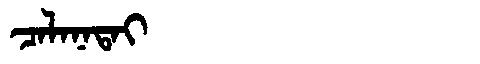
Manchu: ᠴᠠᠯᠠᠨᠠᡨᠠᡳ
Romanization: CALANATAI